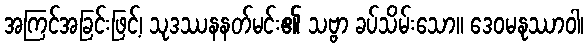
အကြင်အခြင်းဖြင့်၊ သုဒဿနနတ်မင်း၏ သဗ္ဗာ ခပ်သိမ်းသော။ ဒေဝမနုဿာဝါ၊